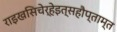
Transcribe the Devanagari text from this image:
राइखसिचेर्हेइत्सहौप्ताम्त